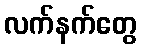
လက်နက်တွေ